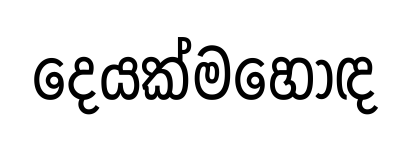
දෙයක්මහොඳ